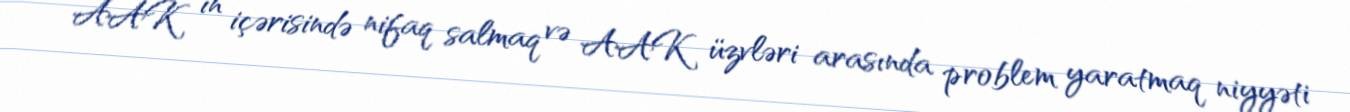
AAK ın içərisində nifaq salmaq və AAK üzvləri arasında problem yaratmaq niyyəti